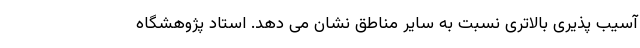
آسیب پذیری بالاتری نسبت به سایر مناطق نشان می دهد. استاد پژوهشگاه